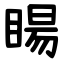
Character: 䁑